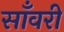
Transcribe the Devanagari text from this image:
साँवरी